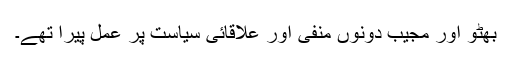
بھٹو اور مجیب دونوں منفی اور علاقائی سیاست پر عمل پیرا تھے۔